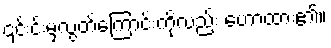
၎င်းင်းမှလွတ်ကြောင်းကိုလည်း ဟောထား၏။